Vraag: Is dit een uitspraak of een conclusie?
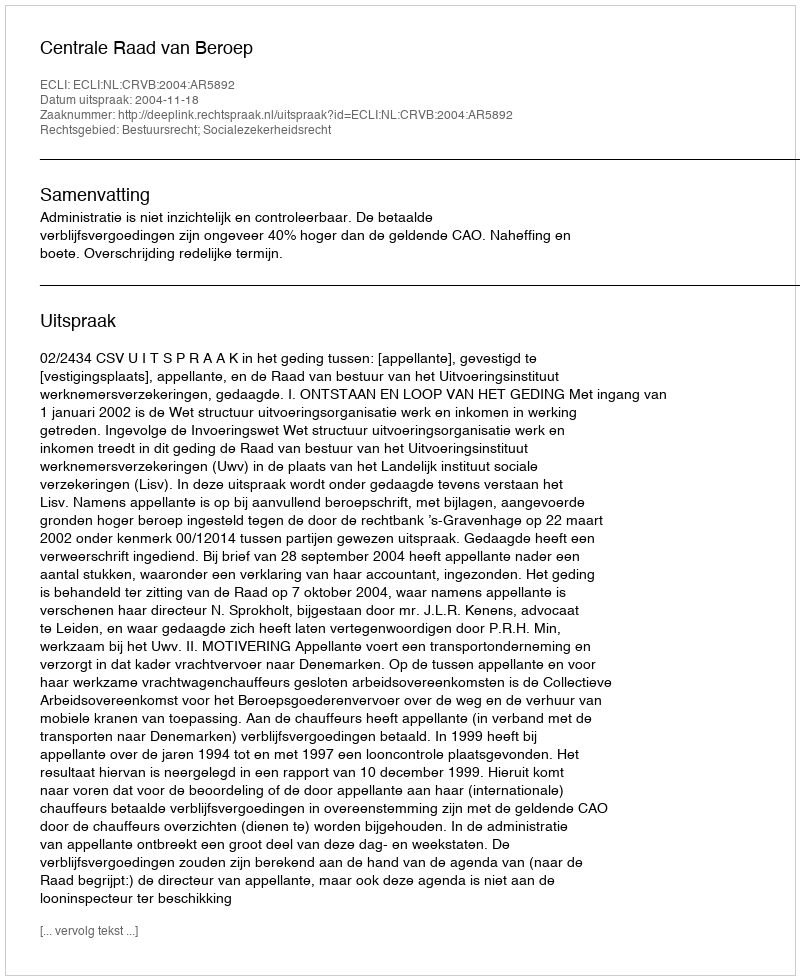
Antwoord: Uitspraak